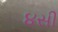
૪સી